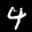
Label: 4